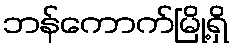
ဘန်ကောက်မြို့ရှိ